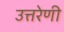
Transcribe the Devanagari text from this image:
उत्तरेणी